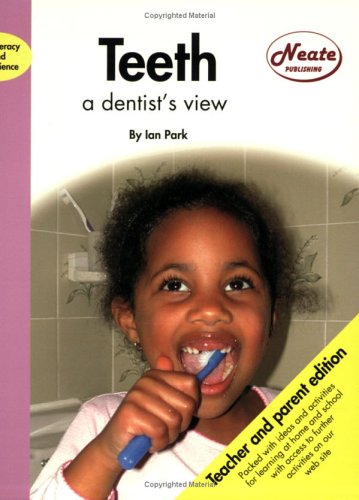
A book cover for Teeth: Adult Edition: A Dentist's View (Literacy & science); Ian Park; Medical Books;